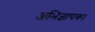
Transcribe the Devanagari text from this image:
अभिज्ञापक।